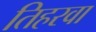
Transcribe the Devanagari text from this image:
तिहरवा